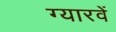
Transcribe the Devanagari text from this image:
ग्‍यारवें